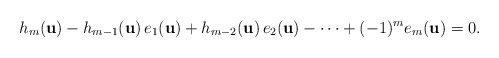
\begin{align*}h_m(\mathbf{u})-h_{m-1}(\mathbf{u})\,e_1(\mathbf{u})+h_{m-2}(\mathbf{u})\,e_2(\mathbf{u})-\cdots+(-1)^m e_m(\mathbf{u})=0.\end{align*}